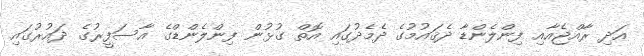
އަދި ރާއްޖެއާއި ފިންލެންޑާ ދެޤައުމުގެ ދެމެދުގައި އޮތް ގުޅުން ފިންލެންޑްގެ އާސަފީރުގެ ދައުރުގައި